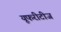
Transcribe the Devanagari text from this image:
यूफरीटीज